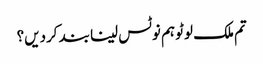
تم ملک لوٹو ہم نوٹس لینا بند کردیں؟